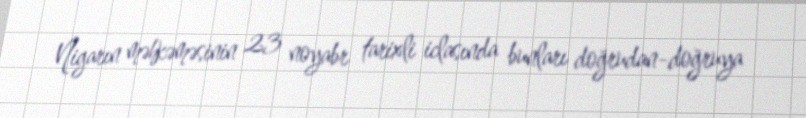
Nigarın məhkəməsinin 23 noyabr tarixli iclasında bunları doğrudan-doğruya